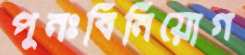
পুনঃবিনিয়োগ